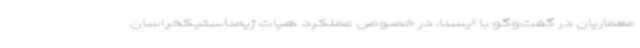
معماریان در گفت‌وگو با ایسنا، در خصوص عملکرد هیات ژیمناستیکخراسان